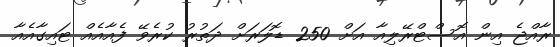
ރާއްޖެ އިން އޮސްޓްރޭލިއާ އަށް 250 ޑޮލަރަށް ދަތުރު ކުރެވޭ ފެއާއެއް ޓައިގާއެއާ